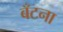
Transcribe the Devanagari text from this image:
बँटना